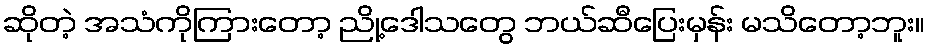
ဆိုတဲ့ အသံကိုကြားတော့ ညို့ဒေါသတွေ ဘယ်ဆီပြေးမှန်း မသိတော့ဘူး။